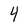
Character: 4